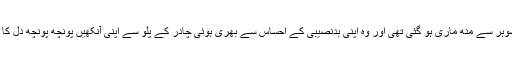
آج پھر اس کی اپنے شوہر سے مُنھ ماری ہو گئی تھی اور وہ اپنی بدنصیبی کے احساس سے بھری ہوئی چادر کے پلو سے اپنی آنکھیں پونچھ پونچھ دل کا غبار نکالتی رہی تھی۔